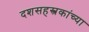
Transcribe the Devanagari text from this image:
दशसहस्त्रकांच्या